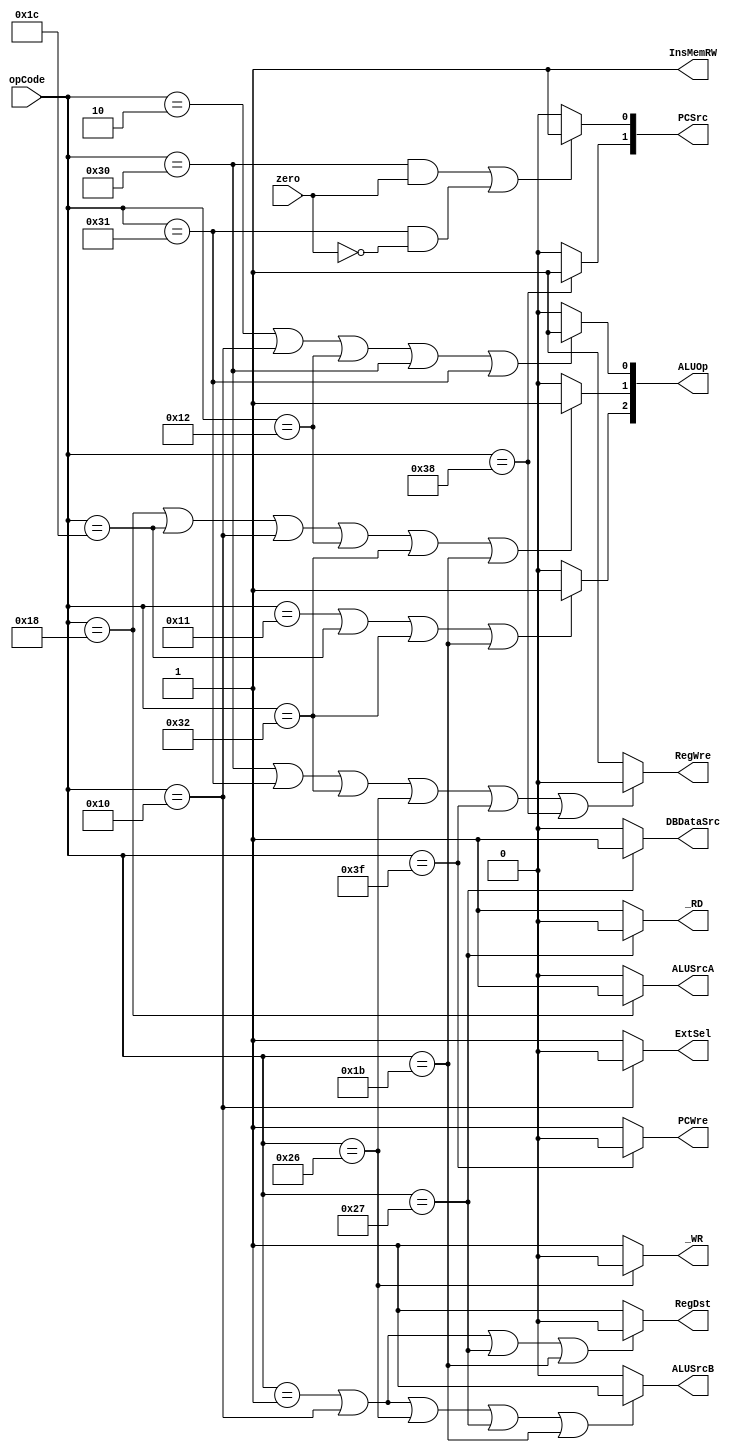
`timescale 1ns / 1ps
//////////////////////////////////////////////////////////////////////////////////
// Company: 
// Engineer: 
// 
// Design Name: 
// Module Name: ControlUnit
// Project Name: 
// Target Devices: 
// Tool Versions: 
// Description: 
// 
// Dependencies: 
// 
// Revision:
// Revision 0.01 - File Created
// Additional Comments:
// 
//////////////////////////////////////////////////////////////////////////////////


module ControlUnit(
	input [5:0] opCode,
    input zero,
    output PCWre,
    output ALUSrcA,
    output ALUSrcB,
    output RegWre,
    output InsMemRW,
    output ExtSel,
    output [1:0] PCSrc,
    output RegDst,
    output _RD,
    output _WR,
    output DBDataSrc,
    output [2:0] ALUOp
    );
    assign PCWre = (opCode == 6'b111111) ? 0 : 1;

    // sll 	6'b011000
    assign ALUSrcA = (opCode == 6'b011000) ? 1 : 0;
    // addi 6'b000001
	// ori	6'b010000
	// slti	6'b011011
	// sw	6'b100110
	// lw	6'b100111
	//xxxxxxxxxxxxxxxxxxxxxxxxxxxxxx
    assign ALUSrcB = (opCode == 6'b000001 || opCode == 6'b010000 || 
    	opCode == 6'b100110 || opCode == 6'b100111 || opCode == 6'b011011) ? 1 : 0;

    // lw	6'b100111
    assign DBDataSrc = (opCode == 6'b100111) ? 1 : 0;

    // beq	6'b110000
	// bne	6'b110001
	// sw	6'b100110
	// halt	6'b111111
	// j	6'b111000
    assign RegWre = (opCode == 6'b110000 || opCode == 6'b110001 || 
    	opCode == 6'b110010 || opCode == 6'b100110 || 
    	opCode == 6'b111111 || opCode == 6'b111000) ? 0 : 1;

    assign InsMemRW = 1; 

    assign ExtSel = (opCode == 6'b010000) ? 0 : 1;
    // beq	6'b110000
	// bne	6'b110001
    assign PCSrc[0] = ((opCode == 6'b110000 && zero == 1) || 
    	(opCode == 6'b110001 && zero == 0)) ? 1 : 0;
    // j 	6'b111000
    assign PCSrc[1] = (opCode == 6'b111000) ? 1 : 0;
    // addi 6'b000001
	// ori	6'b010000
	// lw	6'b100111
	// slti	6'b011011
    assign RegDst = (opCode == 6'b000001 || opCode == 6'b010000 || 
    	opCode == 6'b100111 || opCode == 6'b011011) ? 0 : 1;

    // and	6'b010001
    //* slt 6'b011100
    //* bgtz 6'b110010
    // slti 6'b011011
    assign ALUOp[2] = (opCode == 6'b010001 || opCode == 6'b011100 || 
    	opCode == 6'b110010 || opCode == 6'b011011) ? 1 : 0;
    // sll 	6'b011000
    //* 		6'b011100
    // ori	6'b010000
    // or	6'b010010
    //* bgtz	6'b110010
    // slti 6'b011011
    assign ALUOp[1] = (opCode == 6'b011000 || opCode == 6'b011100 || 
    	opCode == 6'b010000 || opCode == 6'b010010 || 
    	opCode == 6'b110010 || opCode == 6'b011011) ? 1 : 0;

    // sub	6'b000010
    // ori	6'b010000
    // or	6'b010010
    // beq	6'b110000
    // bne	6'b110001
    assign ALUOp[0] = (opCode == 6'b000010 || opCode == 6'b010000 || 
    	opCode == 6'b010010 || opCode == 6'b110000 || 
    	opCode == 6'b110001) ? 1 : 0;

    assign _RD = (opCode == 6'b100111) ? 0 : 1;

    assign _WR = (opCode == 6'b100110) ? 0 : 1;
	/*
    input [5:0] opCode,
    input zero,
    output PCWre,
    output ALUSrcA,
    output ALUSrcB,
   	output DBDataSrc,
   	output RegWre,
   	output InsMemRW,
   	output mRD,
   	output mWR,
   	output RegDst,
   	output ExtSel,
   	output [1:0] PCSrc,
   	output [2:0] ALUOp
    );
	// halt	6'b111111
	assign PCWre = (opCode == 6'b111111) ? 0 : 1;
	// sll	6'b011000
	assign ALUSrcA = (opCode == 6'b011000) ? 1 : 0;
	// addi 6'b000001
	// ori	6'b010000
	// slti	6'b011011
	// sw	6'b100110
	// lw	6'b100111
	assign ALUSrcB = (opCode == 6'b000001 || opCode == 6'b010000 || 
		opCode == 6'b011011 || opCode == 6'b100110 || 
		opCode == 6'b100111) ? 1 : 0;
	// lw	6'b100111
	assign DBDataSrc = (opCode == 6'b100111) ? 1 : 0;
	// beq	6'b110000
	// bne	6'b110001
	// sw	6'b100110
	// halt	6'b111111
	// j	6'b111000
	assign RegWre = (opCode == 6'b110000 || opCode == 6'b110001 ||
		opCode == 6'b100110 || opCode == 6'b111111 ||
		opCode == 6'b111000) ? 0 : 1;
	assign InsMemRW = 0;
	// lw	6'b100111
	assign mRD = (opCode == 6'b100111) ? 1 : 0;
	// sw	6'b100110
	assign mWR = (opCode == 6'b100110) ? 1 : 0;
	// addi 6'b000001
	// ori	6'b010000
	// lw	6'b100111
	// slti	6'b011011
	assign RegDst = (opCode == 6'b000001 || opCode == 6'b010000 ||
		opCode == 6'b100111 || opCode == 6'b011011) ? 0 : 1;
	// ori	6'b010000
	assign ExtSel = (opCode == 6'b010000) ? 0 : 1;
	// beq	6'b110000
	// bne	6'b110001
	assign PCSrc[0] = ((opCode == 6'b110000 && zero == 1) || 
		(opCode == 6'b110001 && zero == 0)) ? 1 : 0;
	// j	6'b111000
	assign PCSrc[1] = (opCode == 6'b111000) ? 1 : 0;
	assign ALUOp[2] = (opCode == 6);*/
endmodule